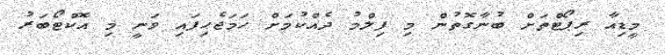
މީޑިއާ ރިޕޯޓްތަށް ބުނާގޮތުން މި ފިލްމު ދެއްކުމަށް ހަމަޖެހިފައި ވަނީ މި އޮކްޓޯބަރު